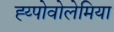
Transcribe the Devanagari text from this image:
ह्य्पोवोलेमिया